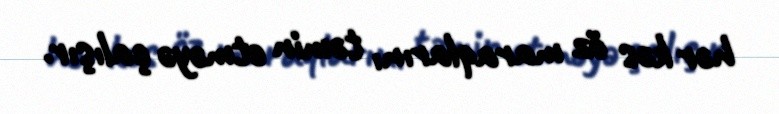
hər kəs öz maraqlarını təmin etməyə çalışır.